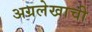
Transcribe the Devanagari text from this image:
अग्रलेखाची